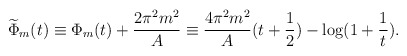
\begin{align*}\widetilde{\Phi}_{m}(t) \equiv \Phi_{m}(t)+\frac{2 \pi^2 m^2 }{A} \equiv \frac{ 4 \pi^2 m^2}{A}(t+\frac{1}{2})-\log(1+\frac{1}{t}).\end{align*}